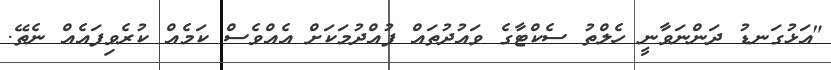
"އަޅުގަނޑު ދަންނަވާނީ ހެލްތު ސެކްޓާގެ ވައުދުތައް ފުއްދުމަކަށް އެއްވެސް ކަމެއް ކުރެވިފައެއް ނެތޭ.